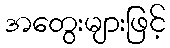
အတွေးများဖြင့်